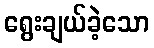
ရွေးချယ်ခဲ့သော